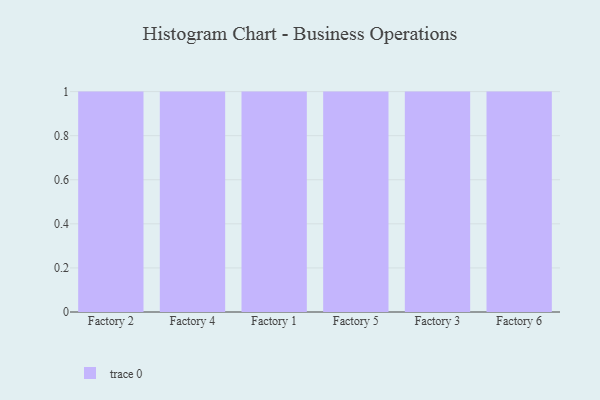
{"axis": {"x": "Factory", "y": "Energy Usage (MWh)"}, "legend": [""], "data": [{"x": "Factory 2", "y": 53, "type": ""}, {"x": "Factory 4", "y": 96, "type": ""}, {"x": "Factory 1", "y": 73, "type": ""}, {"x": "Factory 5", "y": 47, "type": ""}, {"x": "Factory 3", "y": 97, "type": ""}, {"x": "Factory 6", "y": 14, "type": ""}]}